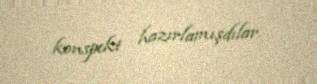
konspekt hazırlamışdılar.